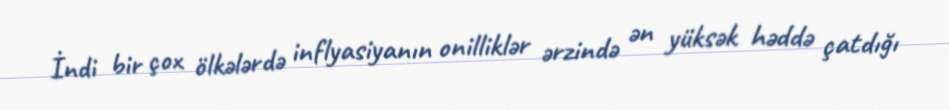
İndi bir çox ölkələrdə inflyasiyanın onilliklər ərzində ən yüksək həddə çatdığı